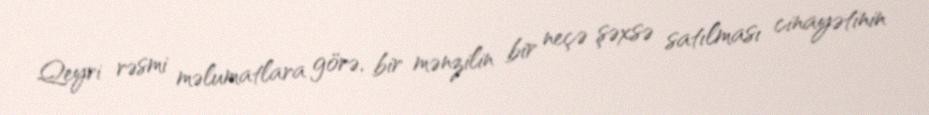
Qeyri rəsmi məlumatlara görə, bir mənzilin bir neçə şəxsə satılması cinayətinin